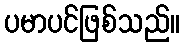
ပမာပင်ဖြစ်သည်။